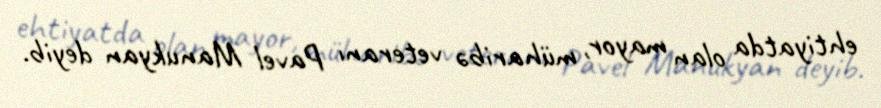
ehtiyatda olan mayor, müharibə veteranı Pavel Manukyan deyib.